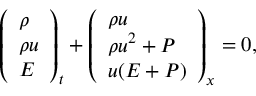
\left( \begin{array} { l } { \rho } \\ { \rho u } \\ { E } \end{array} \right) _ { t } + \left( \begin{array} { l } { \rho u } \\ { \rho u ^ { 2 } + P } \\ { u ( E + P ) } \end{array} \right) _ { x } = 0 ,